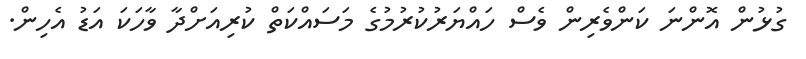
ގުޅުން އޮންނަ ކަންވެރިން ވެސް ހައްޔަރުކުރުމުގެ މަސައްކަތް ކުރިއަށްދާ ވާހަކަ އަޑު އެހިން.